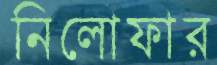
নিলোফার